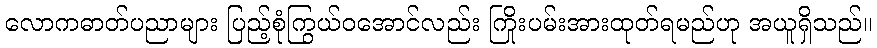
လောကဓာတ်ပညာများ ပြည့်စုံကြွယ်ဝအောင်လည်း ကြိုးပမ်းအားထုတ်ရမည်ဟု အယူရှိသည်။